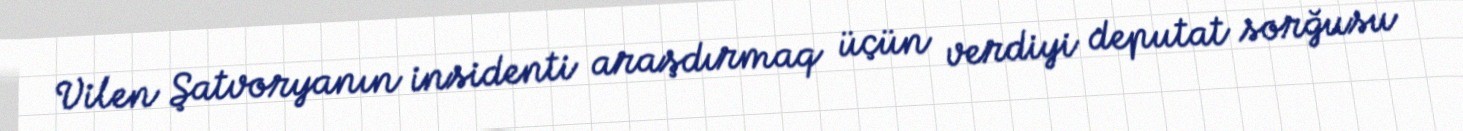
Vilen Şatvoryanın insidenti araşdırmaq üçün verdiyi deputat sorğusu